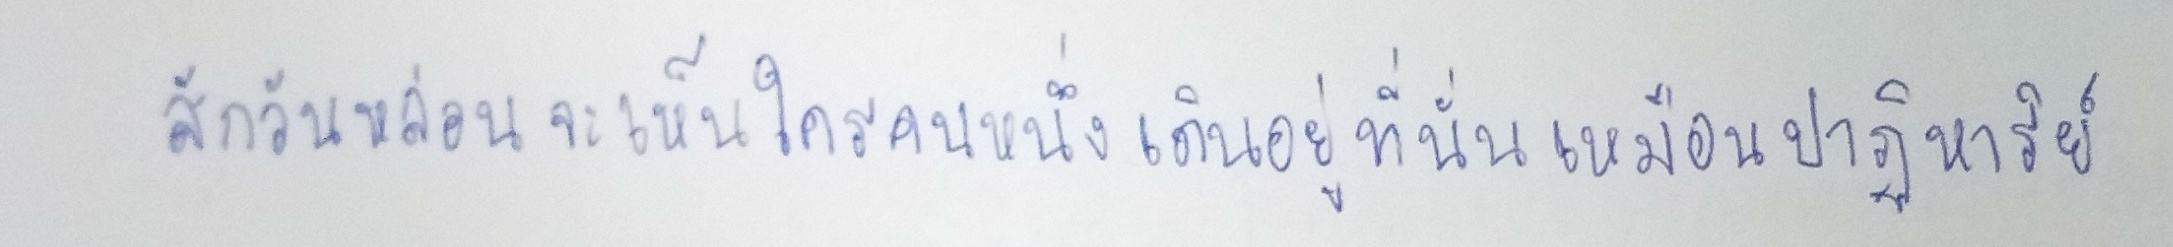
สักวันหล่อนจะเห็นใครคนหนึ่งเดินอยู่ที่นั่นเหมือนปาฏิหาริย์